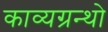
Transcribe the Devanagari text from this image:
काव्यग्रन्थो